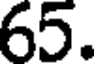
65.